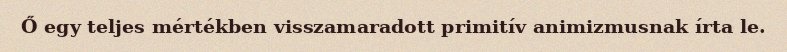
Ő egy teljes mértékben visszamaradott primitív animizmusnak írta le.